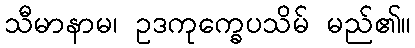
သီမာနာမ၊ ဥဒကုက္ခေပသိမ် မည်၏။